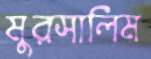
মুরসালিম